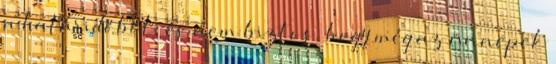
a határidőből, és nem biztos, hogy még az ünnepek